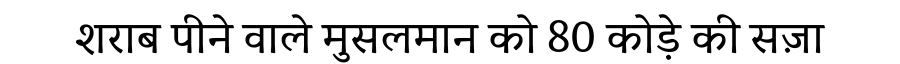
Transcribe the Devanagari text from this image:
शराब पीने वाले मुसलमान को 80 कोड़े की सज़ा